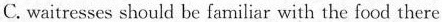
C.waitresses should be familiar with the food there